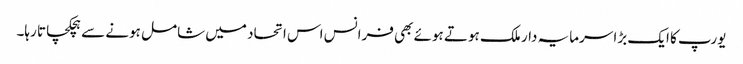
یورپ کا ایک بڑا سرمایہ دار ملک ہوتے ہوئے بھی فرانس اس اتحاد میں شامل ہونے سے ہچکچاتا رہا۔